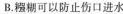
B.糨糊可以防止伤口进水